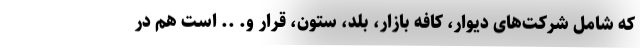
که شامل شرکت‌های دیوار، کافه بازار، بلد، ستون، قرار و. .. است هم در